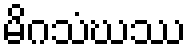
မိဂသံဃဿ